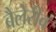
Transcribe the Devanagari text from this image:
बैलेरीव